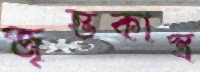
জৃম্ভকাস্ত্র